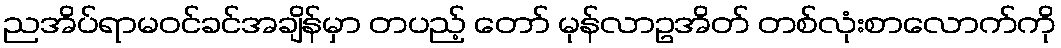
ညအိပ်ရာမဝင်ခင်အချိန်မှာ တပည့် တော် မုန်လာဥအိတ် တစ်လုံးစာလောက်ကို